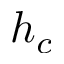
h _ { c }